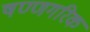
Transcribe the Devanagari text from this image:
षण्णगरिक